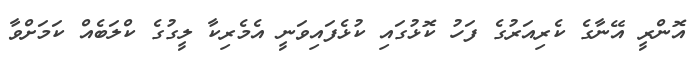
އޮންރީ އޭނާގެ ކެރިއަރުގެ ފަހު ކޮޅުގައި ކުޅެފައިވަނީ އެމެރިކާ ލީގުގެ ކްލަބެއް ކަމަށްވާ